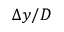
\Delta y / D